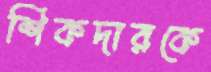
শিকদারকে